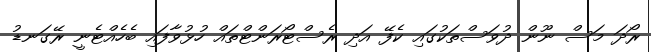
ރޯދަ މަސް ނޫން ދުވަސްތަކުގައި ކެފޭ އަދި ރެސްޓޯރަންޓްތައް ހުޅުވާފައި ބެހެއްޓެނީ ރޭގަނޑު